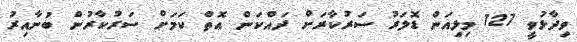
ވިދާޅުވީ 127 މިލިއަން ޑޮލަރު ސަރުކާރަށް ދައްކަން އޮތް ކަމަށް ސަރުކާރުން ބުނާއިރު